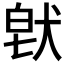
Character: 𤟀